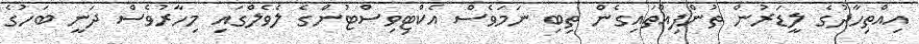
އިއްތިހާދުގެ ލީޑަރުން ތުންފިއްތައިގެން ތިބި ނަމަވެސް އެކްޓިވިސްޓުންގެ ލެވެލްގައި މިހާރުވެސް ދަނީ ބަހުގެ